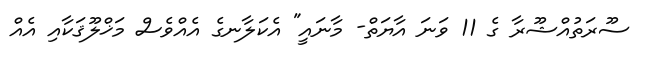
ސޫރަތުއްޝޫރާ ގެ 11 ވަނަ އާޔަތް- މާނައީ" އެކަލާނގެ އެއްވެސް މަޚްލޫޤަކާއި އެއް